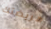
مريضتك